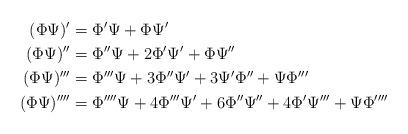
LaTeX: \begin{align*} (\Phi\Psi)'&=\Phi'\Psi+\Phi\Psi'\\ (\Phi\Psi)''&=\Phi''\Psi+2\Phi'\Psi'+\Phi\Psi''\\ (\Phi\Psi)'''&=\Phi'''\Psi+3\Phi''\Psi'+3\Psi'\Phi''+\Psi\Phi'''\\ (\Phi\Psi)''''&=\Phi''''\Psi+4\Phi'''\Psi'+6\Phi''\Psi''+4\Phi'\Psi'''+\Psi\Phi'''' \end{align*}